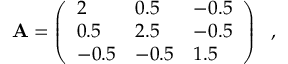
\mathbf { A } = \left( \begin{array} { l l l } { 2 } & { 0 . 5 } & { - 0 . 5 } \\ { 0 . 5 } & { 2 . 5 } & { - 0 . 5 } \\ { - 0 . 5 } & { - 0 . 5 } & { 1 . 5 } \end{array} \right) \ \mathrm { ~ , ~ }